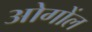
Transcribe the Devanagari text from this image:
ओगोंल